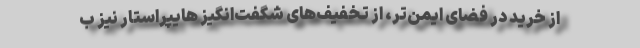
از خرید در فضای ایمن‌تر، از تخفیف­های شگفت‌انگیز هایپراستار نیز ب